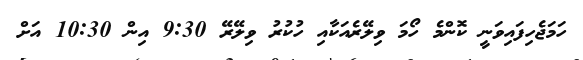
ހަމަޖެހިފައިވަނީ ކޮންމެ ހޯމަ ވިލޭރެއަކާއި ހުކުރު ވިލޭރޭ 9:30 އިން 10:30 އަށް